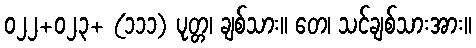
၀၂၂+၀၂၃+ (၁၁၁) ပုတ္တ၊ ချစ်သား။ တေ၊ သင်ချစ်သားအား။